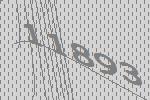
11893